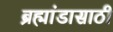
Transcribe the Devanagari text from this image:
ब्रह्मांडासाठी